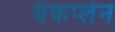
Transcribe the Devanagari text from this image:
बैकप्लेन